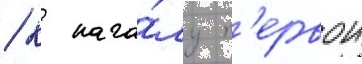
/ к нача́лу п'ервои